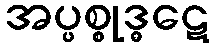
အပ္ပစ္စုဒ္ဓဋေ